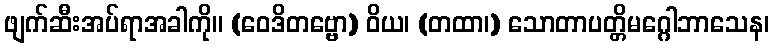
ဖျက်ဆီးအပ်ရာအခါကို။ (ဝေဒိတဗ္ဗော) ဝိယ၊ (တထာ၊) သောတာပတ္တိမဂ္ဂေါဘာသေန၊